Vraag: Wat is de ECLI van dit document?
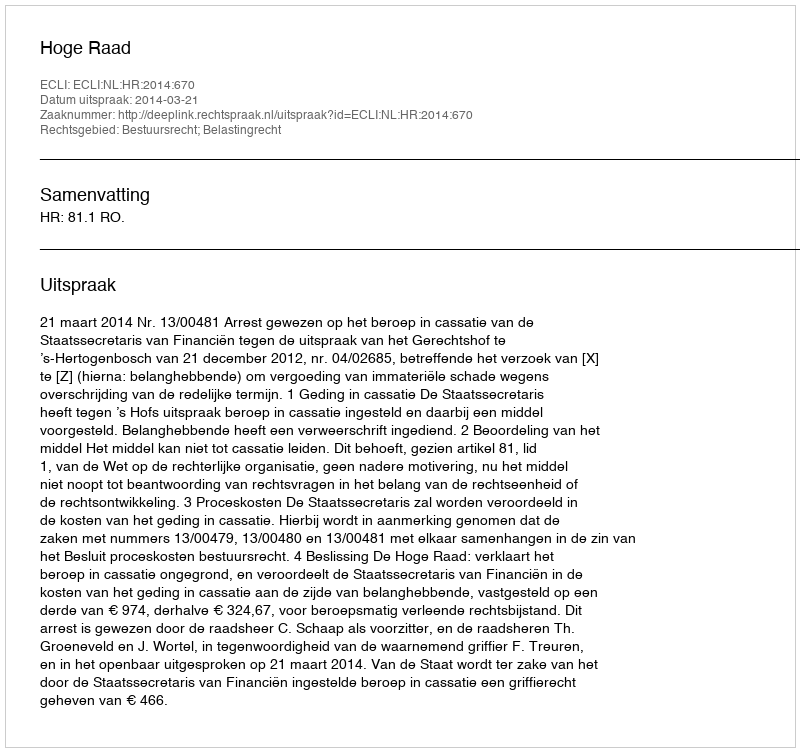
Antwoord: ECLI:NL:HR:2014:670